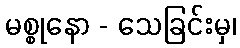
မစ္စုနော - သေခြင်းမှ၊